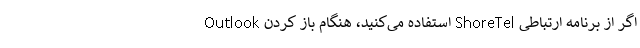
اگر از برنامه ارتباطی ShoreTel استفاده می‌کنید، هنگام باز کردن Outlook